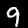
Label: 9